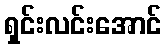
ရှင်းလင်းအောင်